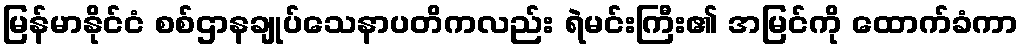
မြန်မာနိုင်ငံ စစ်ဌာနချုပ်သေနာပတိကလည်း ရဲမင်းကြီး၏ အမြင်ကို ထောက်ခံကာ